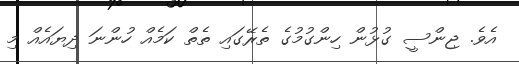
އެވެ. ޖިންސީ ގުޅުން ހިންގުމުގެ ތެރޭގައި ތެތް ކަމެއް ހުންނަ ދިޔައެއް މި